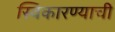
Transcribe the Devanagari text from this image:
स्विकारण्याची